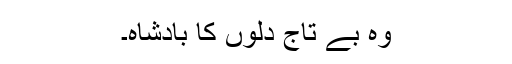
وہ بے تاج دلوں کا بادشاہ۔